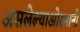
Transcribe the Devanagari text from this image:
असलेल्याओस्मानी